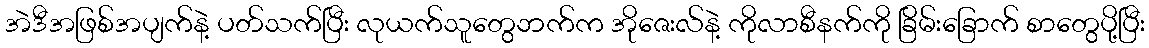
အဲဒီအဖြစ်အပျက်နဲ့ ပတ်သက်ပြီး လုယက်သူတွေဘက်က အိုဇေးလ်နဲ့ ကိုလာစီနက်ကို ခြိမ်းခြောက် စာတွေပို့ပြီး